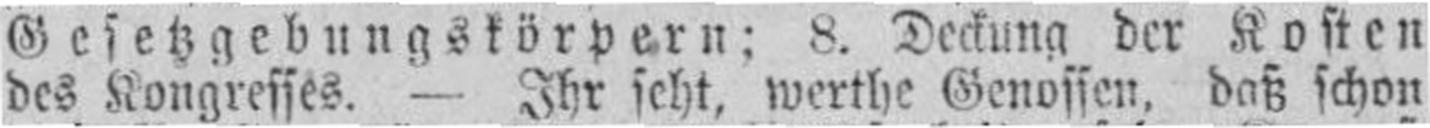
des Kongresses. — Ihr seht, werthe Genossen, daß schon